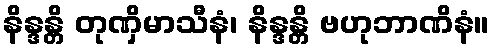
နိန္ဒန္တိ တုဏှိမာသီနံ၊ နိန္ဒန္တိ ဗဟုဘာဏိနံ။